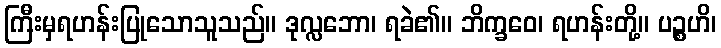
ကြီးမှရဟန်းပြုသောသူသည်။ ဒုလ္လဘော၊ ရခဲ၏။ ဘိက္ခဝေ၊ ရဟန်းတို့။ ပဉ္စဟိ၊